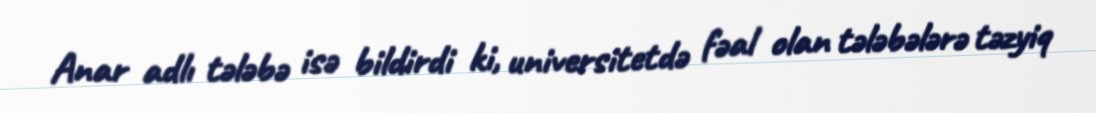
Anar adlı tələbə isə bildirdi ki, universitetdə fəal olan tələbələrə təzyiq